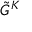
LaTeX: { \tilde { G } } ^ { K }